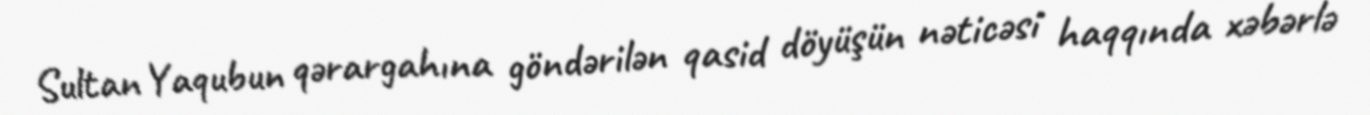
Sultan Yaqubun qərargahına göndərilən qasid döyüşün nəticəsi haqqında xəbərlə